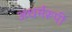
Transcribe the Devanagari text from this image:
अधर्मरूपी